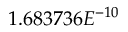
1 . 6 8 3 7 3 6 E ^ { - 1 0 }